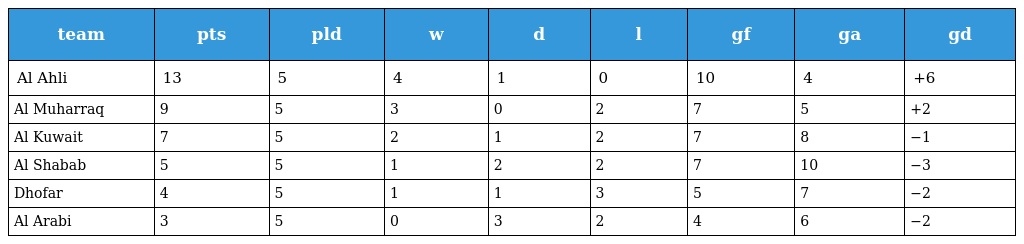
| team | pts | pld | w | d | l | gf | ga | gd |
 | --- | --- | --- | --- | --- | --- | --- | --- | --- |
 | Al Ahli | 13 | 5 | 4 | 1 | 0 | 10 | 4 | +6 |
 | Al Muharraq | 9 | 5 | 3 | 0 | 2 | 7 | 5 | +2 |
 | Al Kuwait | 7 | 5 | 2 | 1 | 2 | 7 | 8 | −1 |
 | Al Shabab | 5 | 5 | 1 | 2 | 2 | 7 | 10 | −3 |
 | Dhofar | 4 | 5 | 1 | 1 | 3 | 5 | 7 | −2 |
 | Al Arabi | 3 | 5 | 0 | 3 | 2 | 4 | 6 | −2 |